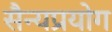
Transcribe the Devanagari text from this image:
सैन्यप्रयोग